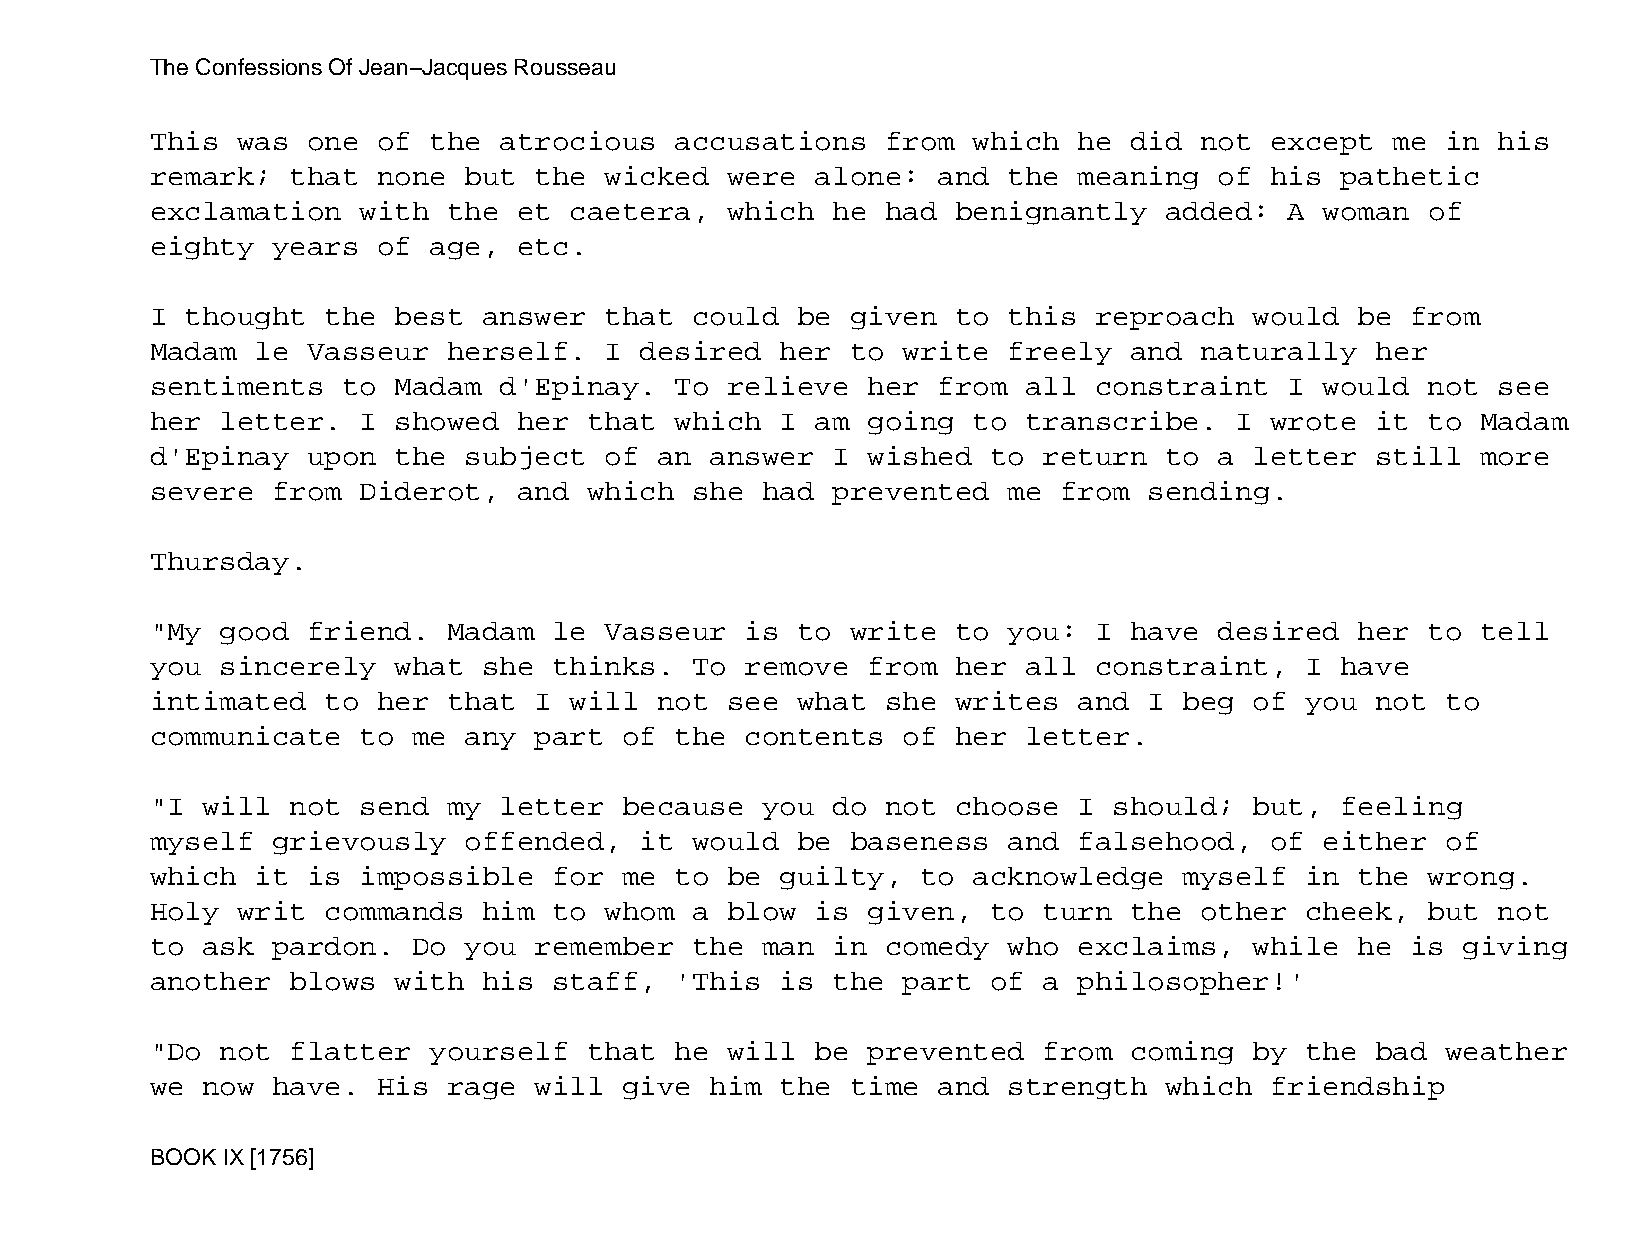
The Confessions Of Jean−Jacques Rousseau
 This  was one  of the  atrocious   accusations   from which  he  did not  except  me  in his
 remark;  that  none  but the  wicked  were  alone:  and  the meaning   of his  pathetic
 exclamation   with  the et  caetera,  which  he  had benignantly   added:  A  woman  of
 eighty  years  of age,  etc.
 I thought   the best  answer  that  could  be given  to  this reproach   would  be from
 Madam  le Vasseur   herself.  I desired   her to  write  freely  and naturally   her
 sentiments   to Madam  d'Epinay.   To relieve  her  from  all constraint   I  would  not see
 her  letter.  I showed  her  that  which  I am going  to  transcribe.   I wrote  it  to Madam
 d'Epinay  upon  the  subject  of  an answer  I wished   to return  to  a letter  still  more
 severe  from  Diderot,  and  which  she had  prevented   me from  sending.
 Thursday.
 "My  good friend.   Madam  le Vasseur  is  to write  to  you: I  have  desired  her  to tell
 you  sincerely  what  she  thinks.  To remove  from  her  all constraint,   I  have
 intimated   to her  that I  will  not see  what  she writes  and  I beg  of you  not  to
 communicate   to me  any part  of  the contents   of her  letter.
 "I will  not  send  my letter  because  you  do  not choose  I  should;  but,  feeling
 myself  grievously   offended,  it  would  be baseness   and falsehood,   of  either  of
 which  it is  impossible   for me  to be  guilty,  to acknowledge   myself  in  the  wrong.
 Holy  writ  commands  him  to whom  a blow  is given,   to turn  the other  cheek,   but not
 to ask  pardon.  Do  you remember   the man  in  comedy  who exclaims,   while  he is  giving
 another  blows  with  his  staff,  'This  is the  part  of a philosopher!'
 "Do  not flatter  yourself   that  he will  be prevented   from  coming  by the  bad  weather
 we now  have.  His  rage will  give  him  the time  and  strength  which  friendship
 BOOK IX [1756]